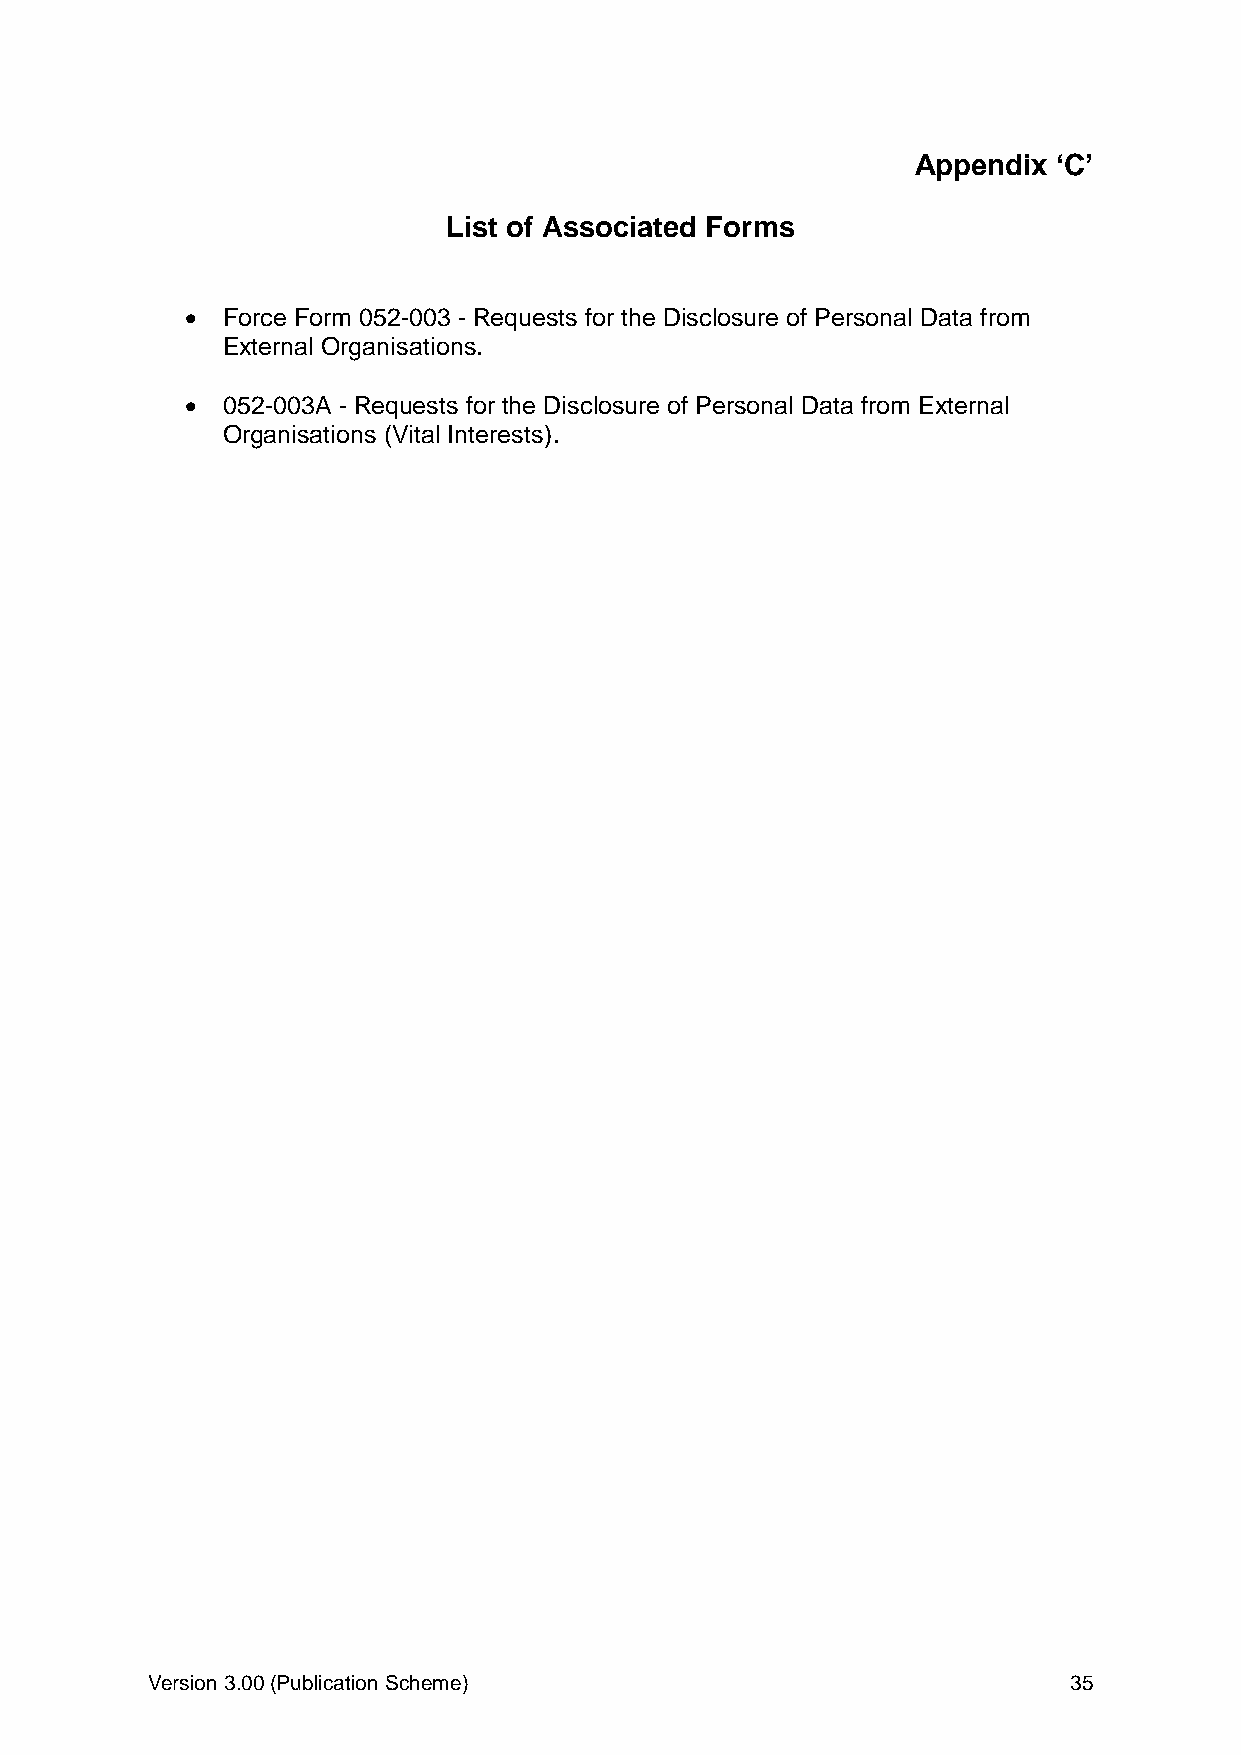
Appendix ‘C’
 List of Associated Forms
   Force Form 052-003 - Requests for the Disclosure of Personal Data from
 External Organisations.
   052-003A - Requests for the Disclosure of Personal Data from External
 Organisations (Vital Interests).
 Version 3.00 (Publication Scheme)                            35